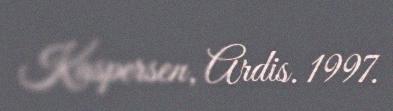
Kaspersen, Ardis. 1997.